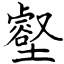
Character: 壑